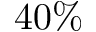
4 0 \%